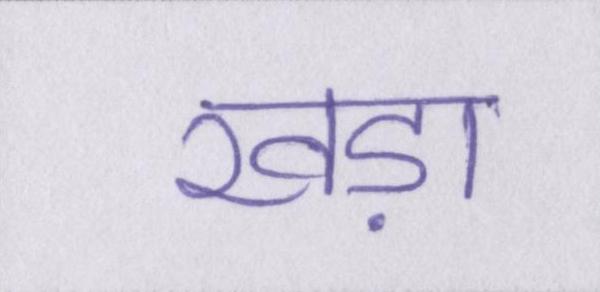
खड़ा